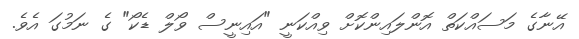
އޭނާގެ މަސައްކަތް އޮންލައިންކޮށް ވިއްކަނީ "އައިނީސް ވޯލް ޑެކޯ" ގެ ނަމުގަ އެވެ.